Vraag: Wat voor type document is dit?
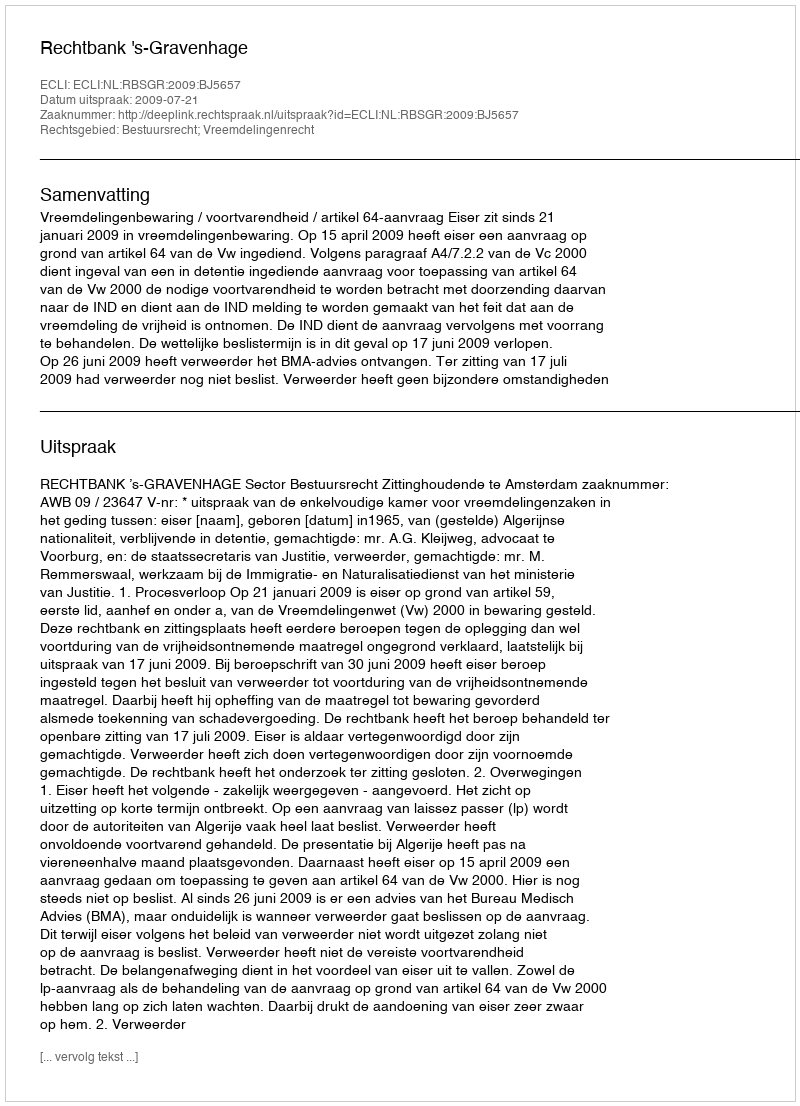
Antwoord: Uitspraak